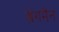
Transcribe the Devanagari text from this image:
ब्रेगमैन